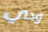
ودي